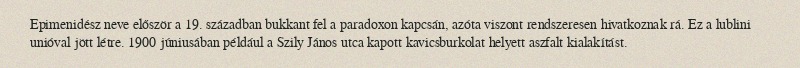
Epimenidész neve először a 19. században bukkant fel a paradoxon kapcsán, azóta viszont rendszeresen hivatkoznak rá. Ez a lublini unióval jött létre. 1900 júniusában például a Szily János utca kapott kavicsburkolat helyett aszfalt kialakítást.